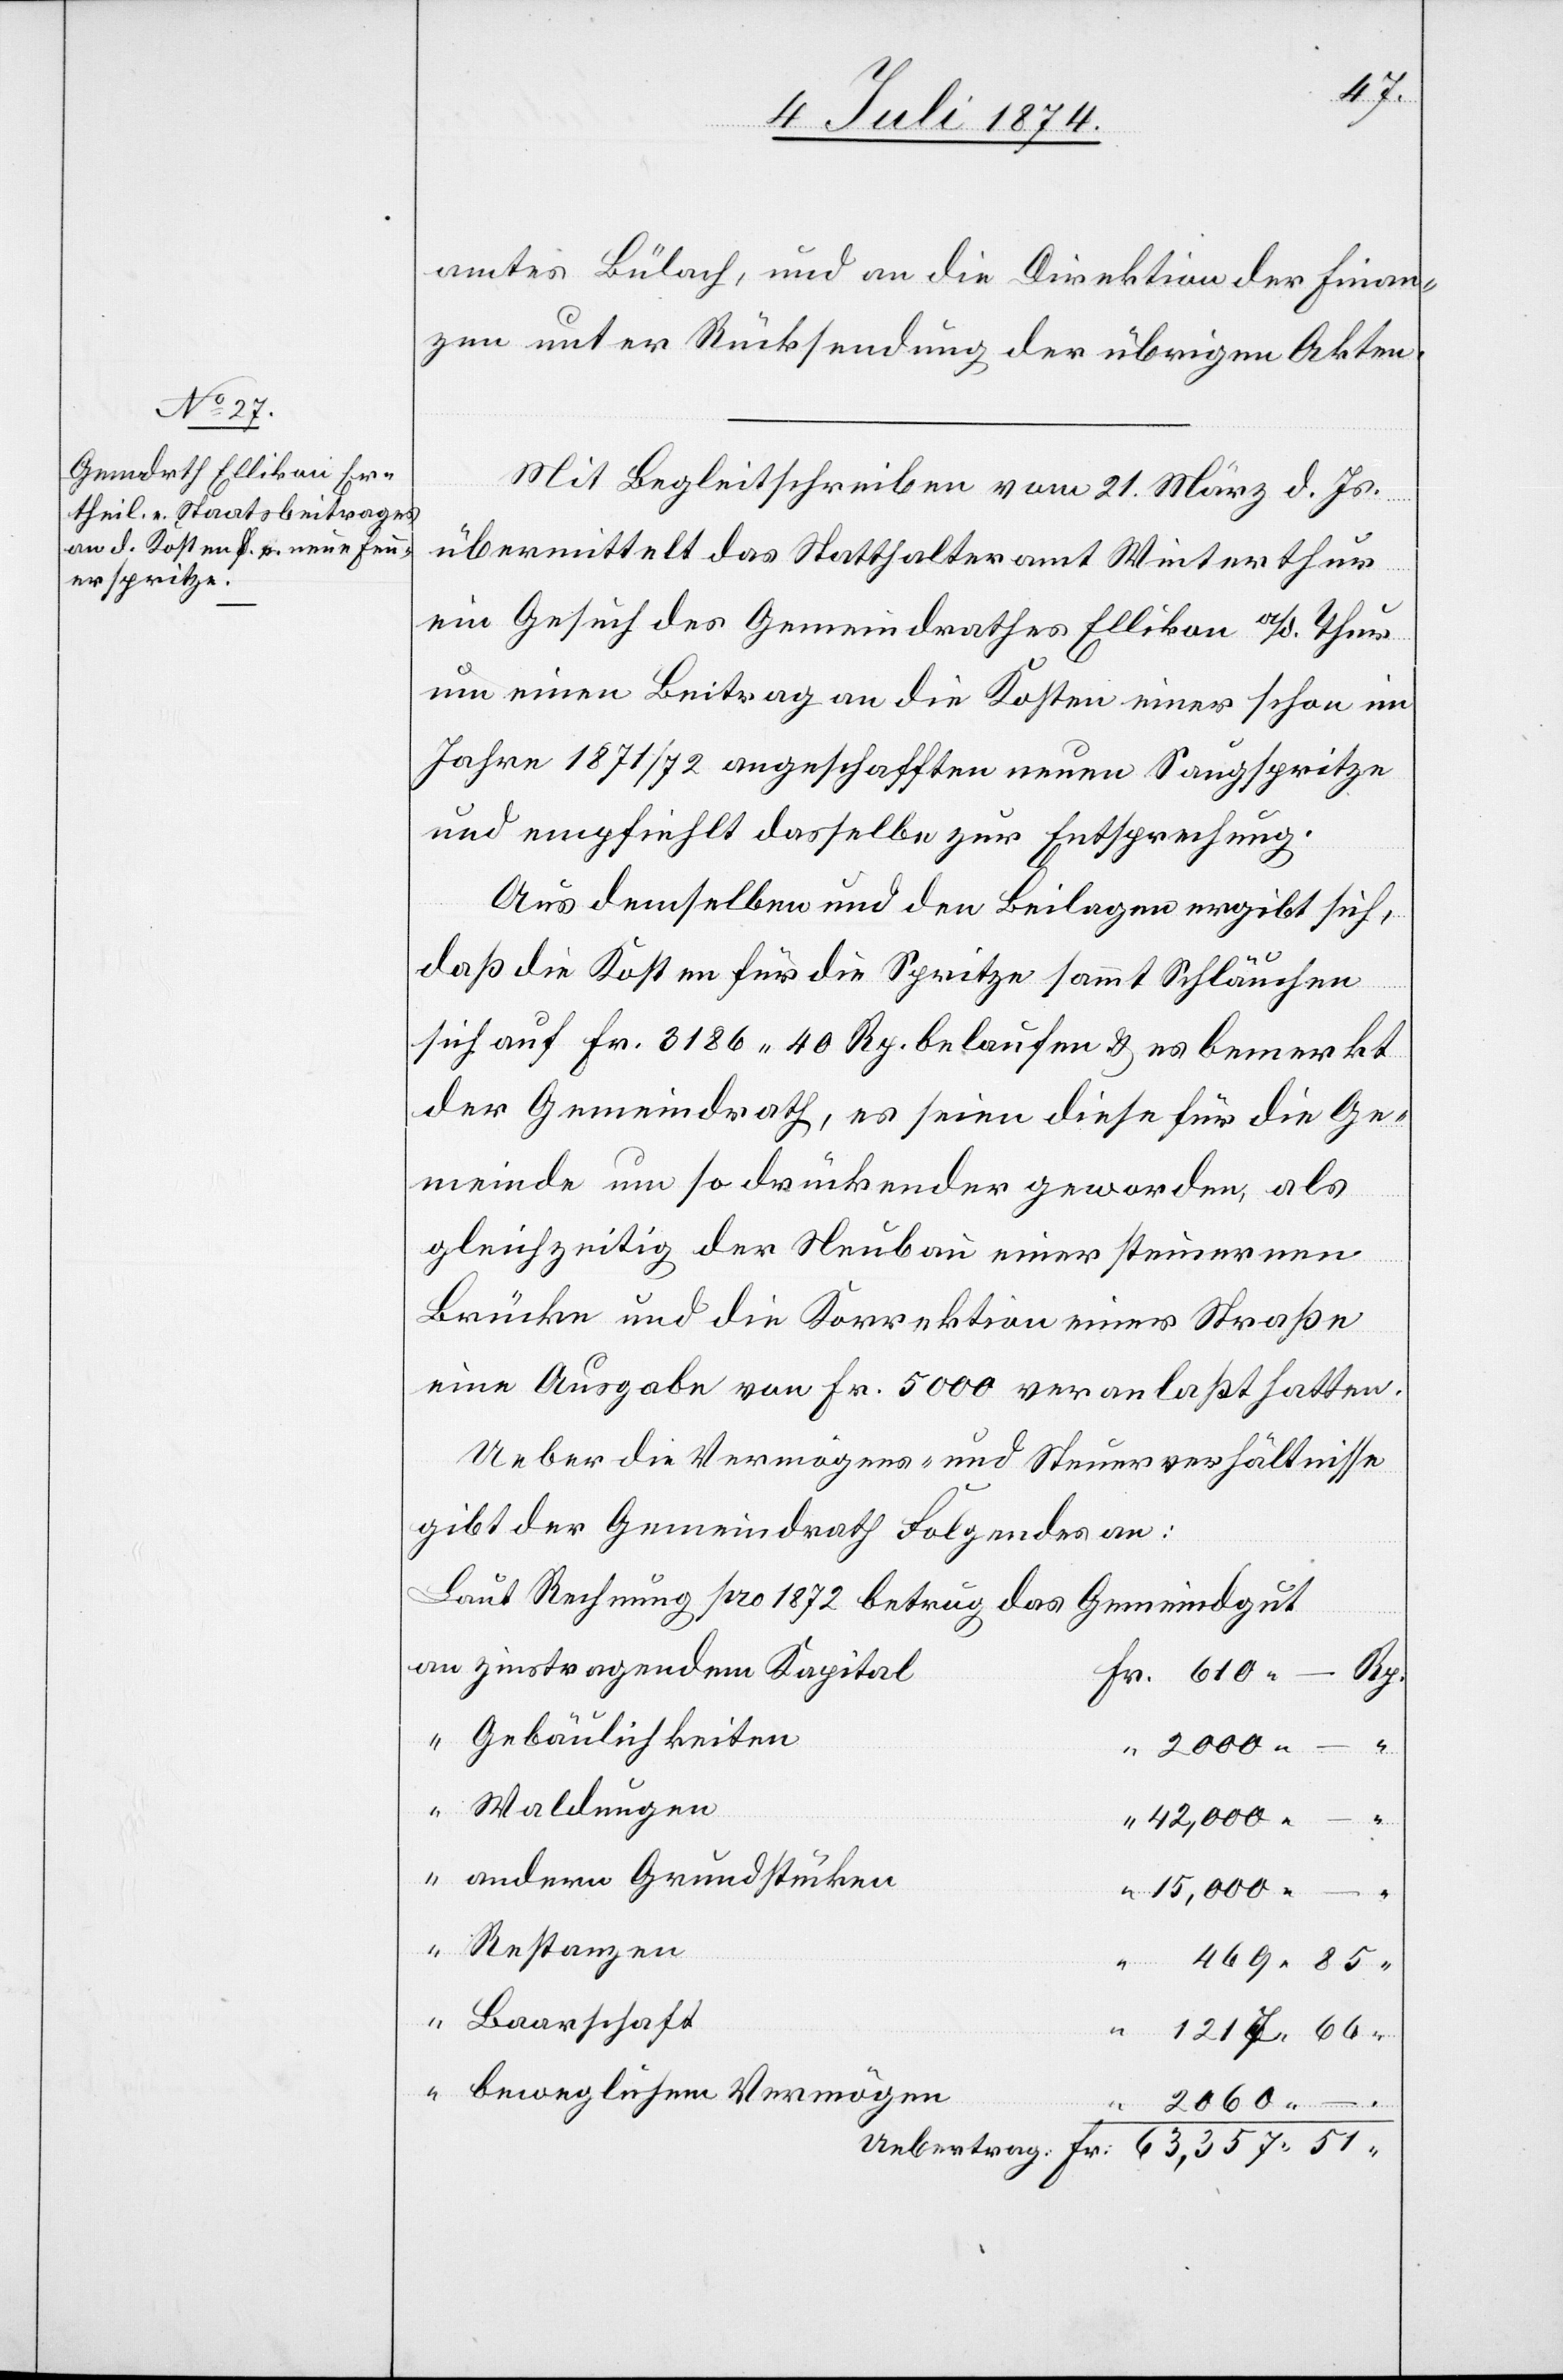
1217.
amtes Bülach, und an die Direktion der Finan¬
zen unter Rücksendung der übrigen Akten.
Mit Begleitschreiben vom 21. März d. Js.
übermittelt das Statthalteramt Winterthur
ein Gesuch des Gemeindrathes Ellikon a/d. Thur
um einen Beitrag an die Kosten einer schon im
Jahre 1871/72 angeschafften neuen Saugspritze
und empfiehlt dasselbe zur Entsprechung.
Aus demselben und den Beilagen ergibt sich,
daß die Kosten für die Spritze sammt Schläuchen
an
sich auf Fr. 3186.40 Rp. belaufen u. es bemerkt
der Gemeindrath, es seien diese für die Ge¬
meinde um so drückender geworden, als
gleichzeitig der Neubau einer steinernen
Brücke und die Korrektion einer Straße
eine Ausgabe von Fr. 5000 veranlaßt hatten.
Ueber die Vermögens- und Steuerverhältnisse
gibt der Gemeindrath Folgendes an:
Laut Rechnung pro 1872 betrug das Gemeindgut
“
zinstragendem Kapital
469.
Gebäulichkeiten
2000.
“
Waldungen
andern Grundstücken
15,000.
Restanzen
Baarschaft
beweglichem Vermögen
“
2060.